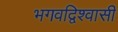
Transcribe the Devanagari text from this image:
भगवद्विश्‍वासी